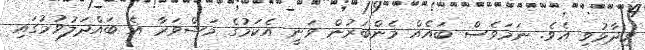
ވިދާޅުވި އެވެ. ނަމަވެސް ބައެއް މެންބަރުން ވަނީ އެކަމުގެ މަޝްވަރާ އެ ބައްދަލުވުމުގައި